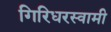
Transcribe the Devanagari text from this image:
गिरिधरस्वामी